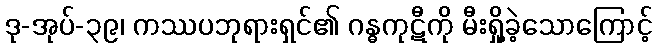
ဒု-အုပ်-၃၉၊ ကဿပဘုရားရှင်၏ ဂန္ဓကုဋီကို မီးရှို့ခဲ့သောကြောင့်